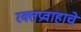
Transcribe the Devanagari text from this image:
रक्तप्रवाहाचे